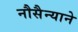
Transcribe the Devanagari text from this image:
नौसैन्याने